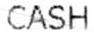
CASH